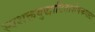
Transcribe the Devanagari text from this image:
स्वशक्तयुद्धाटिताशेषकपाटः